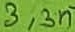
Text: 3,3n